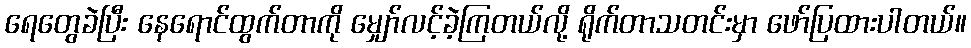
ရေတွေခဲပြီး နေရောင်ထွက်တာကို မျှော်လင့်ခဲ့ကြတယ်လို့ ရိုက်တာသတင်းမှာ ဖော်ပြထားပါတယ်။